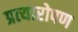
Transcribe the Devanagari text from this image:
प्रत्‍यारोपण